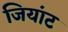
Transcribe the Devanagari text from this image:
जियांट